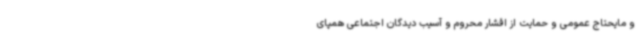
و مایحتاج عمومی و حمایت از اقشار محروم و آسیب دیدگان اجتماعی همپای